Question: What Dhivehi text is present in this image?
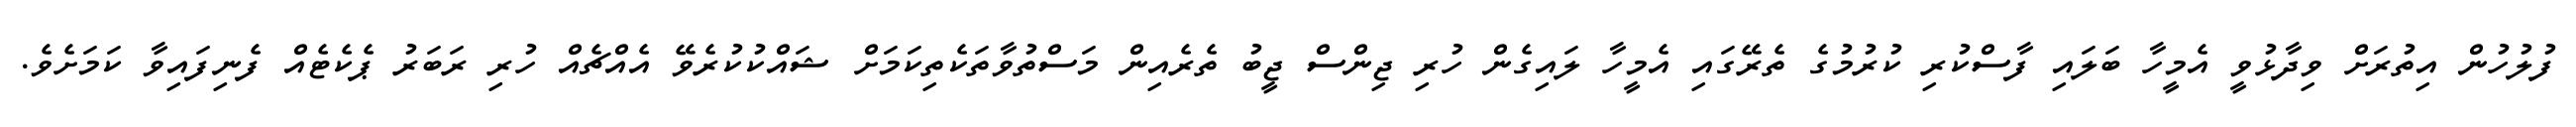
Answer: ފުލުހުން އިތުރަށް ވިދާޅުވީ އެމީހާ ބަލައި ފާސްކުރި ކުރުމުގެ ތެރޭގައި އެމީހާ ލައިގެން ހުރި ޖިންސް ޖީބު ތެރެއިން މަސްތުވާތަކެތިކަމަށް ޝައްކުކުރެވޭ އެއްޗެއް ހުރި ރަބަރު ޕެކެޓެއް ފެނިފައިވާ ކަމަށެވެ.